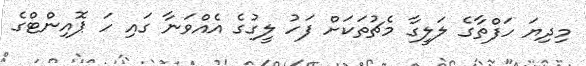
މިދިޔަ ހަފްތާގެ ލަލީގާ މެޗުތަކަށް ފަހު ލީގުގެ އެއްވަނާ ގައި ހަ ޕޮއިންޓްގެ